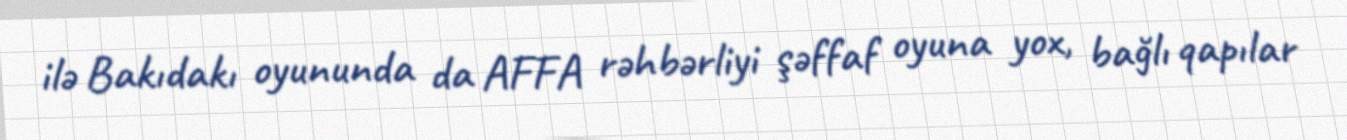
ilə Bakıdakı oyununda da AFFA rəhbərliyi şəffaf oyuna yox, bağlı qapılar